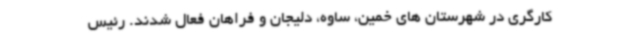
کارگری در شهرستان های خمین، ساوه، دلیجان و فراهان فعال شدند. رئیس